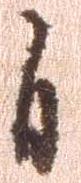
自